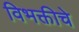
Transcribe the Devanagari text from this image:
विभक्तीचे